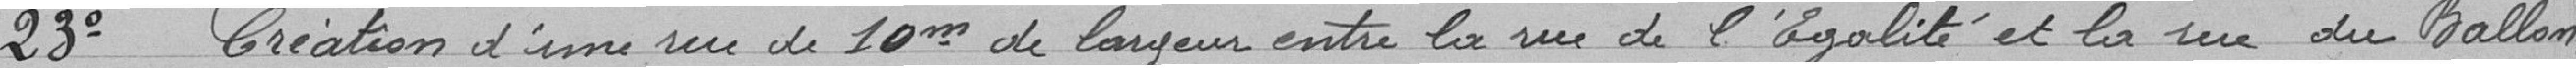
23° Création d'une rue de 10 mètres de longueur entre la rue de l'Égalité et la rue du Ballon,